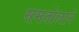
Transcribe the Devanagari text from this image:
समतोलाने